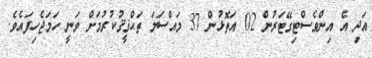
އަދި އެ އިންވެސްޓިގޭޓަރުން 02 އަތޮޅުން 37 މައްސަލަ ތަޙްޤީޤުކުރުމަށް ވަނީ ހަމަޖެހިފައެވެ.